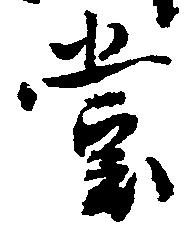
堂